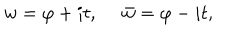
LaTeX: w = \varphi + i t , \ \bar { w } = \varphi - i t ,